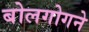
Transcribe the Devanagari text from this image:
बोलगोगने